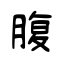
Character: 腹